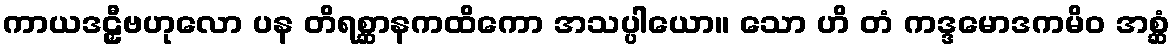
ကာယဒဠှီဗဟုလော ပန တိရစ္ဆာနကထိကော အသပ္ပါယော။ သော ဟိ တံ ကဒ္ဒမောဒကမိဝ အစ္ဆံ